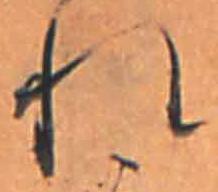
れ